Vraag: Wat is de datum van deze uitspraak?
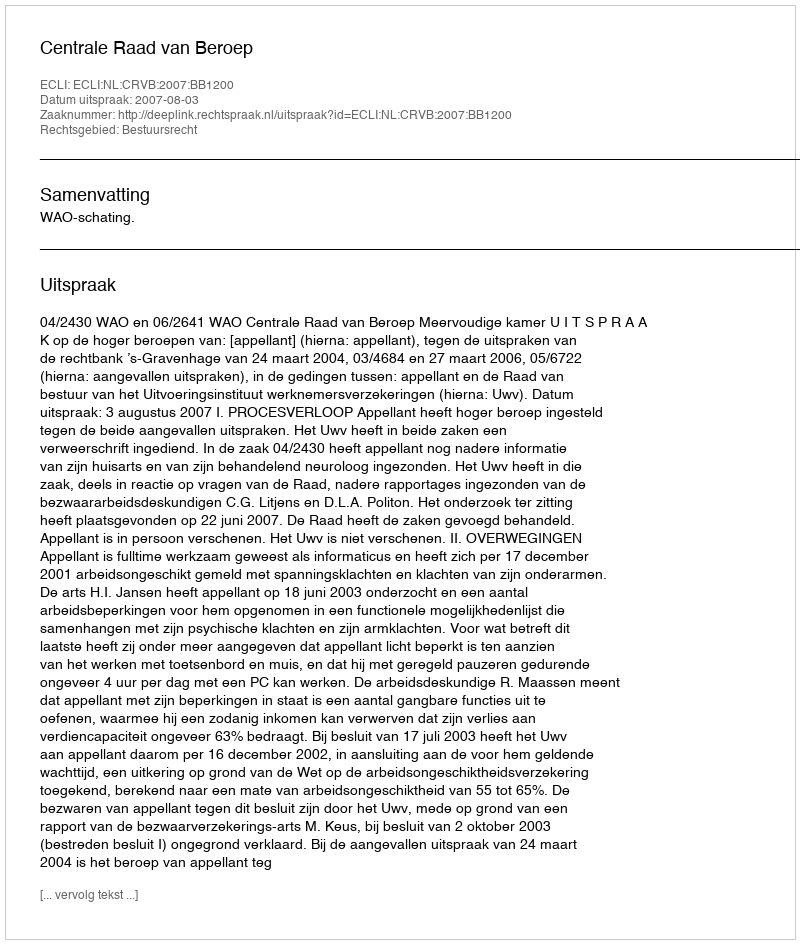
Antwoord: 2007-08-03